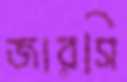
জারসি